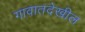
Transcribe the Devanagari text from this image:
गावातदेखील